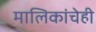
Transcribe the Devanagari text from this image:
मालिकांचेही